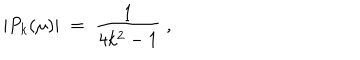
LaTeX: | P _ { k } ( \mu ) | \; = \; \frac { 1 } { 4 k ^ { 2 } - 1 } \; ,